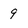
Character: 9